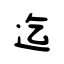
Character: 迄